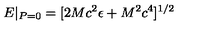
E | _ { P = 0 } = [ 2 M c ^ { 2 } \epsilon + M ^ { 2 } c ^ { 4 } ] ^ { 1 / 2 }